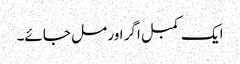
ایک کمبل اگر اور مل جائے۔